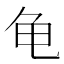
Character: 龟